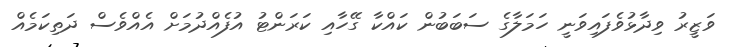
ވަޒީރު ވިދާޅުވެފައިވަނީ ހަމަލާގެ ސަބަބުން ކައްކާ ގޭހާއި ކަރަންޓު އުފެއްދުމަށް އެއްވެސް ދަތިކަމެއް